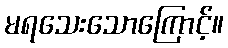
မရသေးသောကြောင့်။